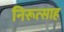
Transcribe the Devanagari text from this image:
निरूत्साह